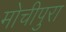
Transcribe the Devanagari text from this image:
मोचीपुरा